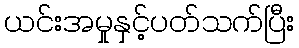
ယင်းအမှုနှင့်ပတ်သက်ပြီး